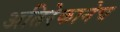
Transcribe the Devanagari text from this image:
अतिरेकानेच